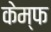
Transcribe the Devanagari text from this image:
केम्फ